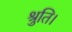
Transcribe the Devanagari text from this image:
श्रुति।